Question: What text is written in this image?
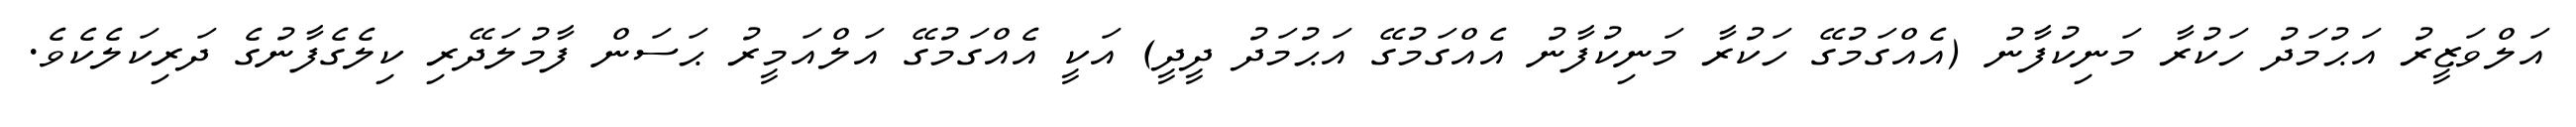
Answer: އަލްވަޒީރު އަޙުމަދު ހަކުރާ މަނިކުފާނު (އެއްގަމުގޭ ހަކުރާ މަނިކުފާނު އެއްގަމުގޭ އަޙުމަދު ދީދީ) އަކީ އެއްގަމުގޭ އަލްއަމީރު ޙަސަން ފާމުލަދޭރި ކިލެގެފާނުގެ ދަރިކަލެކެވެ.